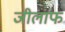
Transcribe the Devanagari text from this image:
जीलाफ